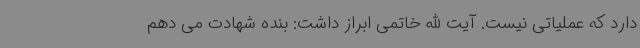
دارد که عملیاتی نیست. آیت الله خاتمی ابراز داشت: بنده شهادت می دهم